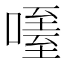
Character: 𠽧